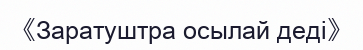
《Заратуштра осылай деді》